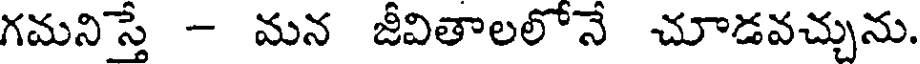
గమనిస్తే - మన జీవితాలలోనే చూడవచ్చును.